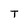
Character: T